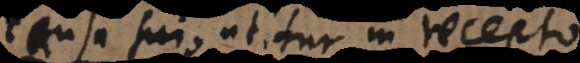
causa sui, utitur in recepto